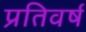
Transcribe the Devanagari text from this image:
प्रतिवर्ष